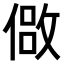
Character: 𫣈